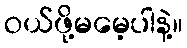
ဝယ်ဖို့မမေ့ပါနဲ့။